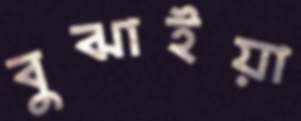
বুঝাইয়া